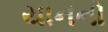
યાનનો